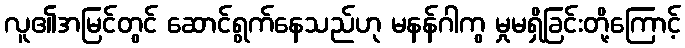
လူ၏အမြင်တွင် ဆောင်ရွက်နေသည်ဟု မနန်ဂါကွ မှုမရှိခြင်းတို့ကြောင့်